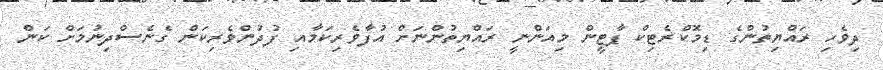
ދިވެހި ރައްޔިތުންގެ ޑިމޮކްރެޓިކް ޕާޓީން މިއަންނީ ރައްޔިތުުންނަށް އުފާވެރިކަމާއި ފުދުުންވެރިކަން ގެނެސްދިނުމަށް ކަން